Leprosy in India: report of the Leprosy Commission in India, 1890-91
Year: 1890
Disease focus: Leprosy
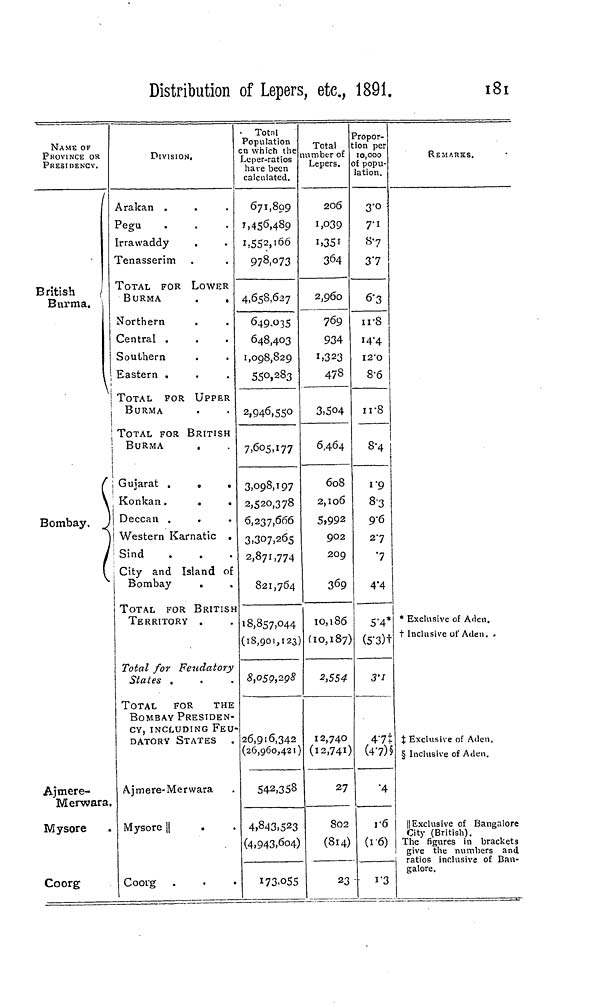
Distribution of Lepers, etc, 1891.
181
NAME OF
PROVINCE OR
PRESIDENCY.
/
British
/
J—* 1 X 1*1 A il
/
Burma.
\
\
Bombay, ,
Ajmere-
Merwara.
Mysore
Coorg
DIVISION.
Arakan .
Pegu
Irrawaddy
Tenasserim
TOTAL FOR LOWER
BURMA
.
.
Northern
Central .
Southern
Eastern .
TOTAL FOR UPPER
BURMA
|
• TOTAL FOR BRITISH
: BURMA
|
1 Gujarat .
„
.
Konkan.
.
.
Deccan .
! Western Karnatic .
i Sind
City and Island of
Bombay
I
j TOTAL FOR BRITISH
TERRITORY .
1
1 Total for Feudatory
States ,
TOTAL
FOR
THE
BOMBAY PRESIDEN-
CY, INCLUDING FEU-
DATORY STATES
Ajmere-Merwara
Mysore ||
Coorg
Totnl
Population
en wnich the
Leper-ratios
have been
calculated.
671,809
1,456,489
1,552,166
978,073
4,658,627
649.O35
648,403
1,098,829
550,283
2,946,55°7
,605,177
3,098,197
2,520,378
6,237,666
3.307,265
2,871,774
821,764
18,857,044
(18,901,123)
8,059,298
26,916,342
(26,960,421)
542,358
4,843,523
(4,943,604)
I73.O55
Total
umber of
Lepers.
206
I>O39
»»35*
364
2,960
769
934
1,323
478
3,504
6,464
608
2,106
5,992
902
209
369
10,186
(10,187)
2,554
12,740
(12,741)
27
802
(814)
23
Propor-
tion per
10,000
of popu-
lation.
3-O
7-1
87
37
&3
irS
14-4
I2"O
8-6
ir8
8-4
1 -9
8-3
9-6
27
4*4
5-4*
(5'3)t
3'l
47t
(47) §
•4
r6
(i-6)
i'3
REMARKS.
* Exclusive of Aden.
t Inclusive of Aden. .
% Exclusive of Aden.
§ Inclusive of Aden.
||Exclusive of Bangalore
City (British).
The figures in brackets
give the numbers and
ratios inclusive of Ban-
galore.